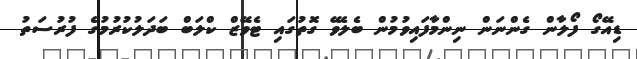
ޑިއޭގޯ ފޯލާން ގެންނަން ނިންމާފައިވުމުން ބެލެވޭ ގޮތުގައި ޓެވޭޒް ކްލަބް ބަދަލުކުރުމުގެ ފުރުސަތު